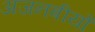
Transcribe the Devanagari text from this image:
अजनबीयों